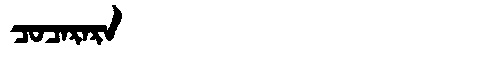
Manchu: ᠴᠣᠴᠠᡵᠠᡵᠠ
Romanization: COCARARA